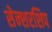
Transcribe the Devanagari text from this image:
सेन्शरशिप